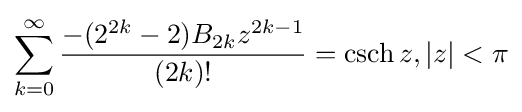
\sum _{k=0}^{\infty }{\frac {-(2^{2k}-2)B_{2k}z^{2k-1}}{(2k)!}}=\operatorname {csch} z,|z|<\pi